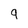
Character: 9